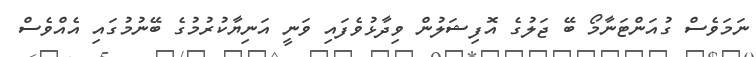
ނަމަވެސް ގުއަންޓަނާމޯ ބޭ ޖަލުގެ އޮފިޝަލުން ވިދާޅުވެފައި ވަނީ އަނިޔާކުރުމުގެ ބޭނުމުގައި އެއްވެސް